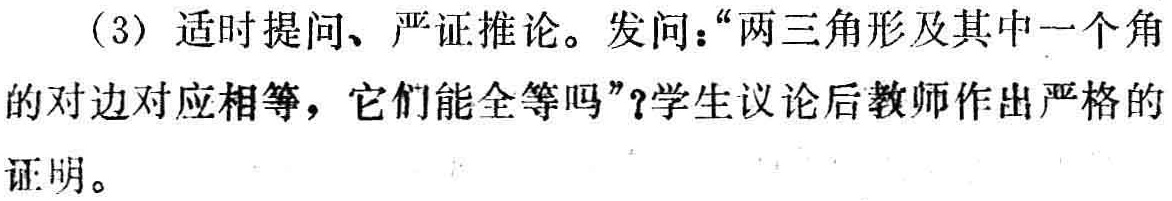
（3）适时提问、严证推论。发问：“两三角形及其中一个角的对边对应相等，它们能全等吗”？学生议论后教师作出严格的证明。